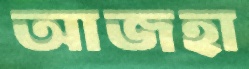
আজহা